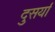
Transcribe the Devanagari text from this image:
दुसर्या